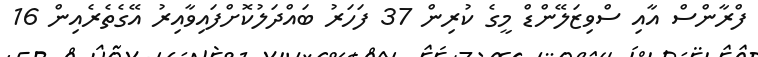
ފްރާންސް އާއި ސްވިޒަލޭންޑް މީގެ ކުރިން 37 ފަހަރު ބައްދަލުކޮށްފައިވާއިރު އޭގެތެރެއިން 16